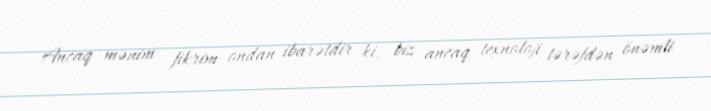
Ancaq mənim fikrim ondan ibarətdir ki, biz ancaq texnoloji tərəfdən önəmli